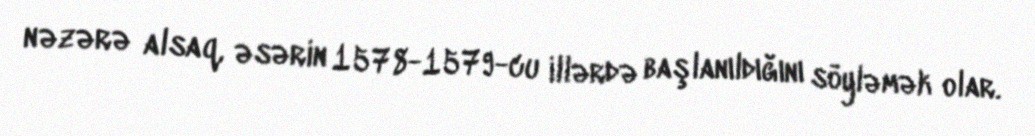
nəzərə alsaq, əsərin 1578-1579-cu illərdə başlanıldığını söyləmək olar.